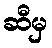
ဆီမှ